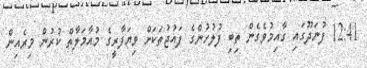
12:41 ފުނަދޫގައި ގާއިމުވެގެން ތިބި ފުލުހުންގެ ފައުޖުތަކަށް ވިޔަފާރީގެ މުއާމަލާތް ކުރުން މިރެއިން